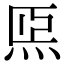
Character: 𤇴